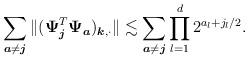
LaTeX: \begin{align*}\sum_{\boldsymbol{a}\neq\boldsymbol{j}}\|(\boldsymbol{\Psi}_{\boldsymbol{j}}^T\boldsymbol{\Psi}_{\boldsymbol{a}})_{\boldsymbol{k},\cdot}\|&\lesssim\sum_{\boldsymbol{a}\neq\boldsymbol{j}}\prod_{l=1}^d2^{a_l+j_l/2}.\end{align*}